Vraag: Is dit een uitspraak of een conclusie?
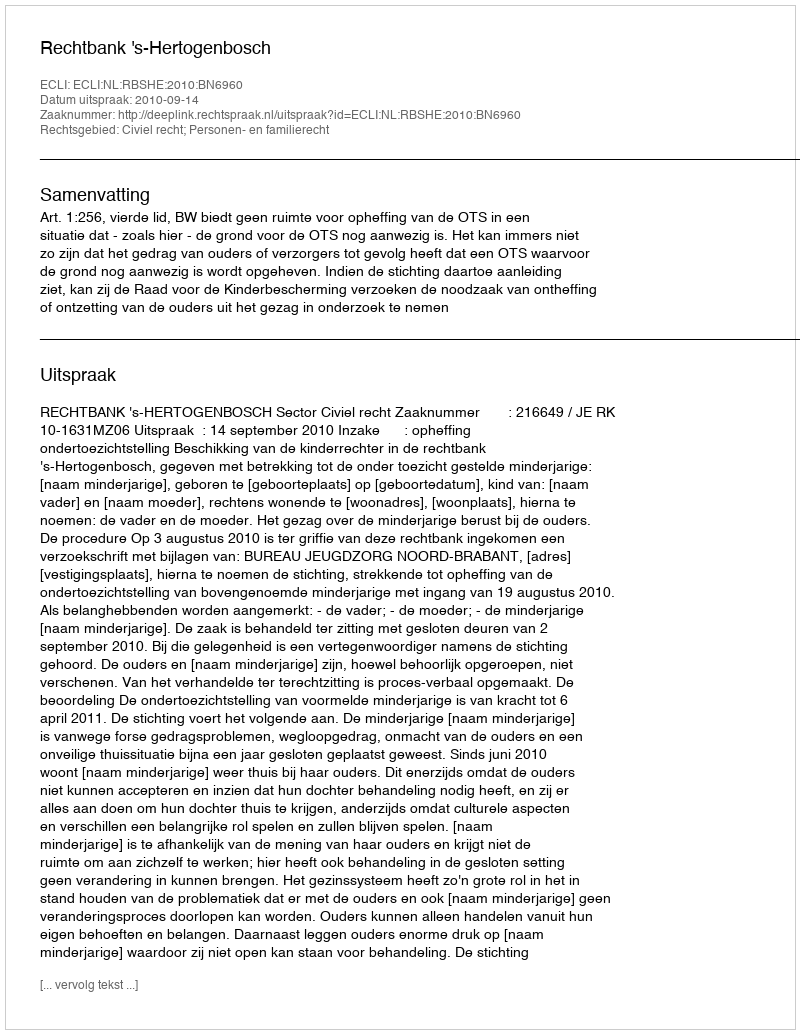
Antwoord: Uitspraak